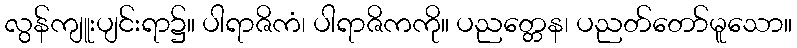
လွန်ကျူးပျင်းရာ၌။ ပါရာဇိကံ၊ ပါရာဇိကကို။ ပညတ္တေန၊ ပညတ်တော်မူသော။